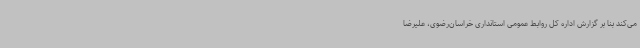
می‌کند بنا بر گزارش اداره کل روابط عمومی استانداری خراسان‌رضوی، علیرضا